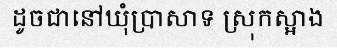
ដូចជានៅឃុំប្រាសាទ ស្រុកស្អាង